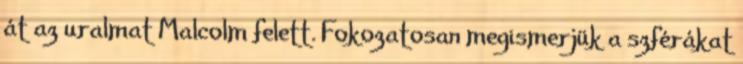
át az uralmat Malcolm felett. Fokozatosan megismerjük a szférákat